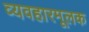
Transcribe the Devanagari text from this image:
व्यवहारमूलक